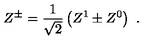
Z ^ { \pm } = \frac { 1 } { \sqrt { 2 } } \left( Z ^ { 1 } \pm Z ^ { 0 } \right) \ .